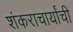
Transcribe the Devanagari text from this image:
शंकराचार्यांची